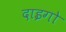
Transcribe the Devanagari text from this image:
दाइगो